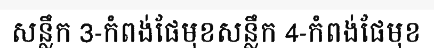
សន្លឹក 3-កំពង់ផែមុខសន្លឹក 4-កំពង់ផែមុខ